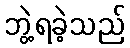
ဘွဲ့ရခဲ့သည်